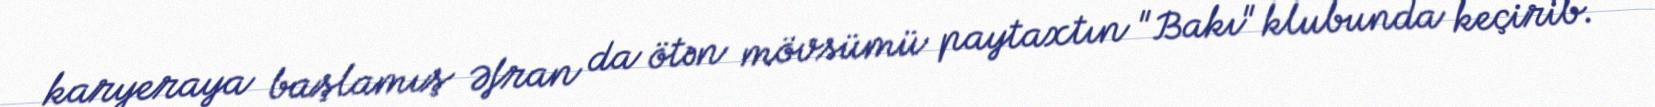
karyeraya başlamış Əfran da ötən mövsümü paytaxtın "Bakı" klubunda keçirib.